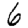
Digit: 6